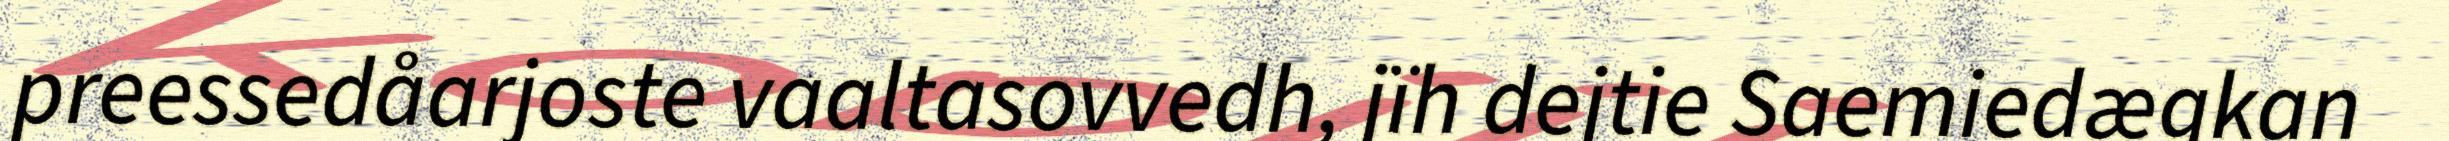
preessedåarjoste vaaltasovvedh, jïh dejtie Saemiedægkan